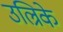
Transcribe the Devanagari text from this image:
उल्रिके